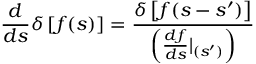
\frac { d } { d s } \delta \left[ f ( s ) \right] = \frac { \delta \left[ f ( s - s ^ { \prime } ) \right] } { \left( \frac { d f } { d s } | _ { ( s ^ { \prime } ) } \right) }